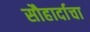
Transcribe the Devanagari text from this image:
सौहार्दाचा